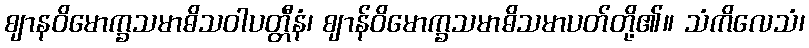
ဈာနဝိမောက္ခသမာဓိသဝါပတ္တီနံ၊ ဈာန်ဝိမောက္ခသမာဓိသမာပတ်တို့၏။ သံကိလေသံ၊